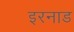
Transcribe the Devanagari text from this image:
इरनाड